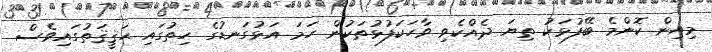
މިއިން ކޮންމެ ބޭފުޅަކު ތިޔަ ދެއްކެވި ވާހަކަފުޅުތަކުން ހަމަ އަޅުގަނޑުގެ ހިތުގައި ޙަޤީޤަތުގައިވެސް